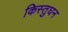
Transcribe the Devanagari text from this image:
किस्तुघन